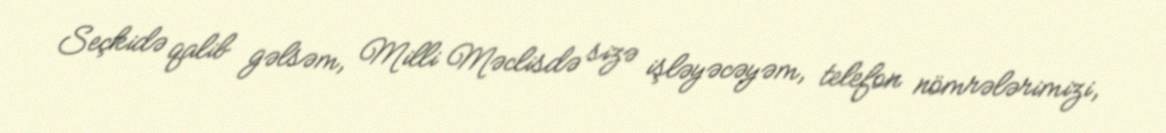
Seçkidə qalib gəlsəm, Milli Məclisdə sizə işləyəcəyəm, telefon nömrələrimizi,